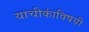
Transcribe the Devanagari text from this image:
याचीकांविषयी